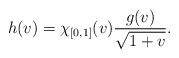
LaTeX: \begin{align*} h(v) = \chi_{[0,1]}(v)\frac{g(v)}{\sqrt{1+v}}. \end{align*}